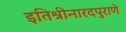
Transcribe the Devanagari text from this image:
इतिश्रीनारदपुराणे